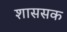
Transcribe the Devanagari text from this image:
शाससक